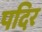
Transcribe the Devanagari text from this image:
पदिर